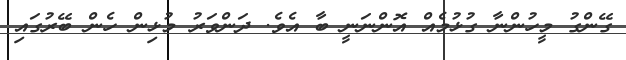
ގޭންގު މީހުންނާ ގުޅުމެއް އޮންނަނީ ބާ އެވެ. ދަންވަރު މުޅިން ހެން ބޭރުގައި